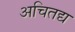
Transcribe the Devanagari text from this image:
अचितद्य